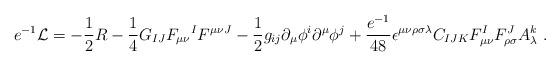
LaTeX: \begin{align*}e^{-1} {\cal L} = -{1\over 2} R - {1\over 4} G_{IJ} F_{\mu\nu} {}^I F^{\mu\nu J}-{1\over 2} g_{ij} \partial_{\mu} \phi^i \partial^\mu \phi^j +{e^{-1}\over 48} \epsilon^{\mu\nu\rho\sigma\lambda} C_{IJK} F_{\mu\nu}^IF_{\rho\sigma}^JA_\lambda^k \ .\end{align*}